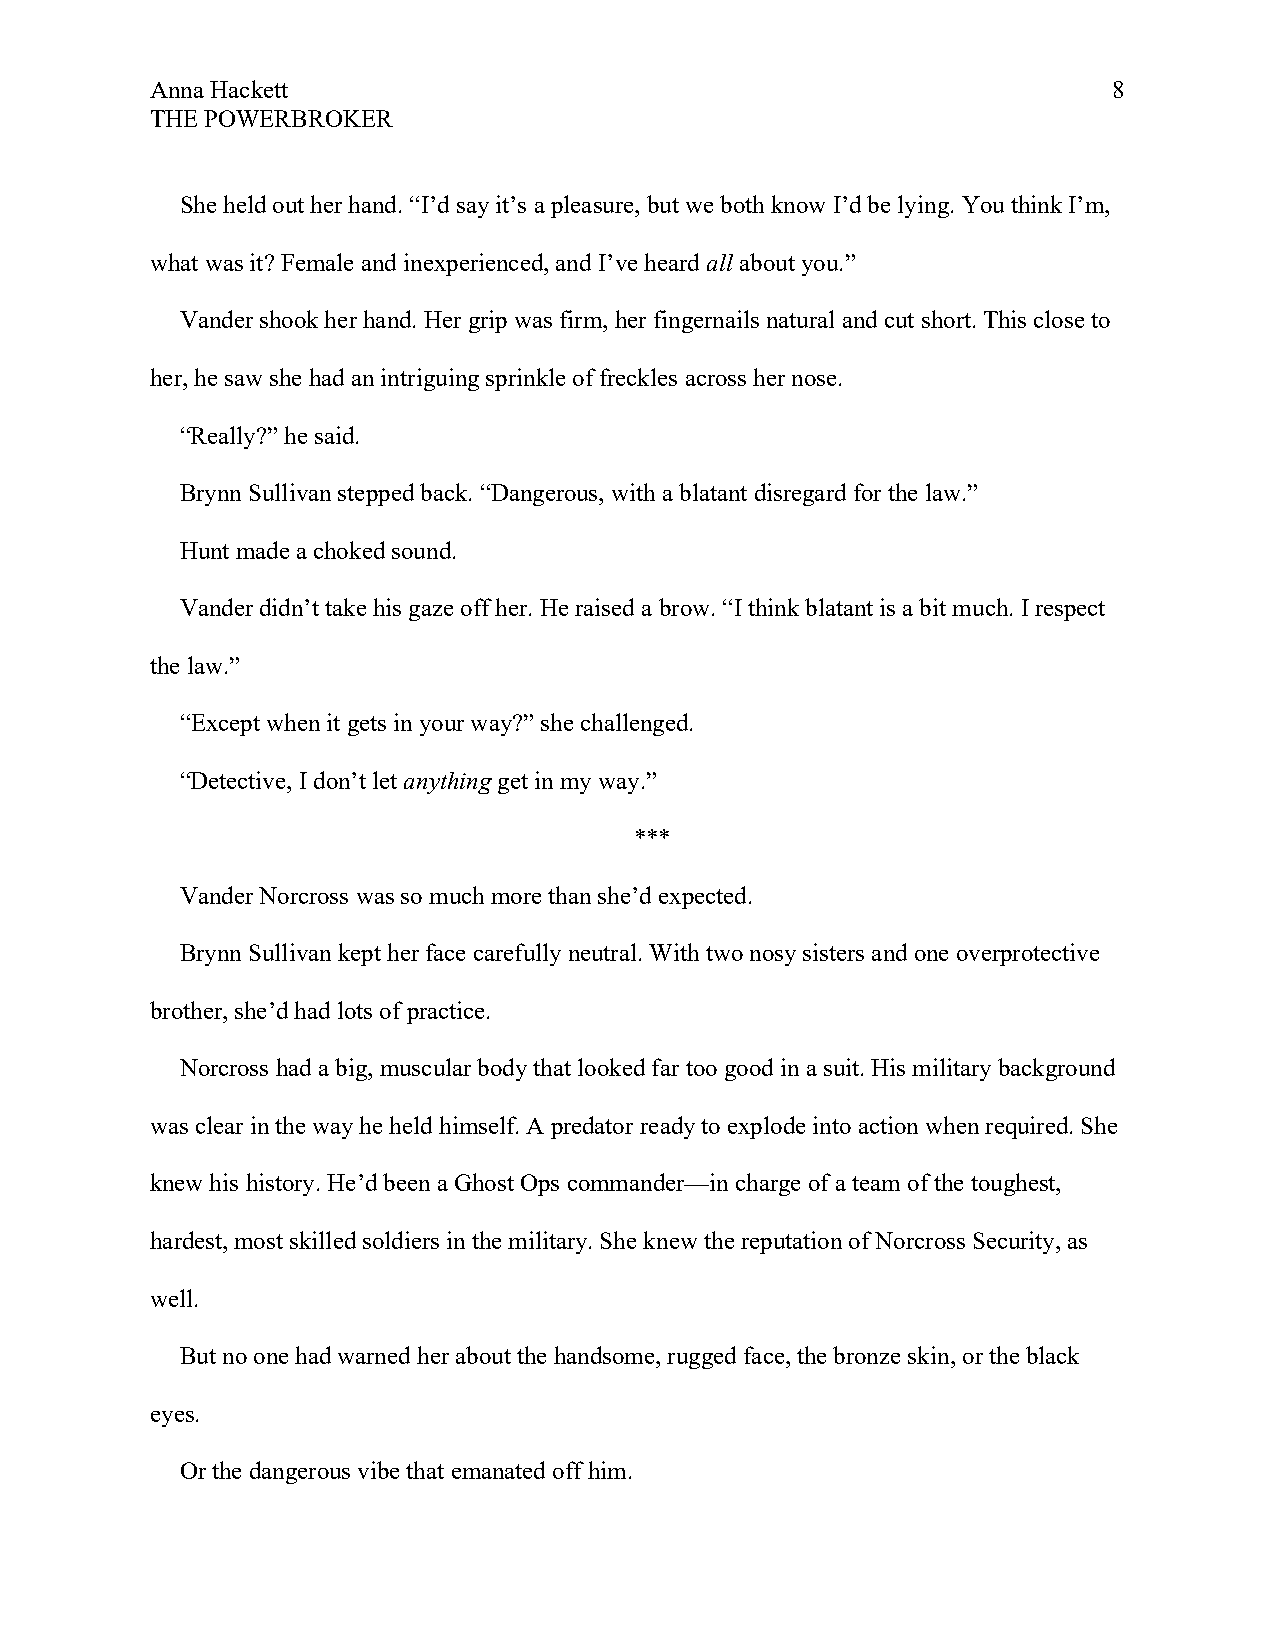
Anna Hackett                                                    8
 THE POWERBROKER
 She held out her hand. “I’d say it’s a pleasure, but we both know I’d be lying. You think I’m,
 what was it? Female and inexperienced, and I’ve heard all about you.”
 Vander shook her hand. Her grip was firm, her fingernails natural and cut short. This close to
 her, he saw she had an intriguing sprinkle of freckles across her nose.
 “Really?” he said.
 Brynn Sullivan stepped back. “Dangerous, with a blatant disregard for the law.”
 Hunt made a choked sound.
 Vander didn’t take his gaze off her. He raised a brow. “I think blatant is a bit much. I respect
 the law.”
 “Except when it gets in your way?” she challenged.
 “Detective, I don’t let anything get in my way.”
 ***
 Vander Norcross was so much more than she’d expected.
 Brynn Sullivan kept her face carefully neutral. With two nosy sisters and one overprotective
 brother, she’d had lots of practice.
 Norcross had a big, muscular body that looked far too good in a suit. His military background
 was clear in the way he held himself. A predator ready to explode into action when required. She
 knew his history. He’d been a Ghost Ops commander—in charge of a team of the toughest,
 hardest, most skilled soldiers in the military. She knew the reputation of Norcross Security, as
 well.
 But no one had warned her about the handsome, rugged face, the bronze skin, or the black
 eyes.
 Or the dangerous vibe that emanated off him.